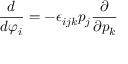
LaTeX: \frac { d } { d \varphi _ { i } } = - \epsilon _ { i j k } p _ { j } \frac { \partial } { \partial p _ { k } }